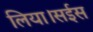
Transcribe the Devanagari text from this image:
लिया।सईस